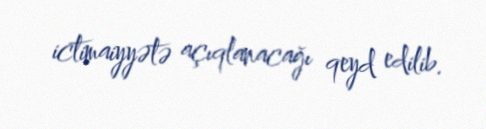
ictimaiyyətə açıqlanacağı qeyd edilib.